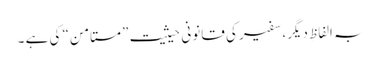
بہ الفاظِ دیگر، سفیر کی قانونی حیثیت ”مستامن“ کی ہے ۔